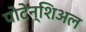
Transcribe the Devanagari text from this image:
पोटेन्शिअल